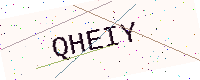
Text: QHEIY